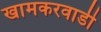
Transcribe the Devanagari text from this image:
खामकरवाडी